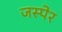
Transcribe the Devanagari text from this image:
जस्पेर